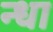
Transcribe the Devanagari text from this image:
न्धा